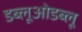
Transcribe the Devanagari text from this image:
डब्लूओडब्लू